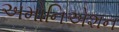
અમોનિએશન